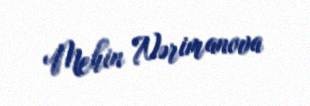
Mehin Nərimanova